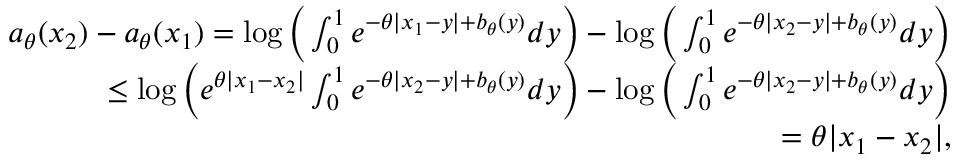
\begin{array} { r l r } & { } & { a _ { \theta } ( x _ { 2 } ) - a _ { \theta } ( x _ { 1 } ) = \log \Big ( \int _ { 0 } ^ { 1 } e ^ { - \theta | x _ { 1 } - y | + b _ { \theta } ( y ) } d y \Big ) - \log \Big ( \int _ { 0 } ^ { 1 } e ^ { - \theta | x _ { 2 } - y | + b _ { \theta } ( y ) } d y \Big ) } \\ & { } & { \quad \quad \leq \log \Big ( e ^ { \theta | x _ { 1 } - x _ { 2 } | } \int _ { 0 } ^ { 1 } e ^ { - \theta | x _ { 2 } - y | + b _ { \theta } ( y ) } d y \Big ) - \log \Big ( \int _ { 0 } ^ { 1 } e ^ { - \theta | x _ { 2 } - y | + b _ { \theta } ( y ) } d y \Big ) } \\ & { } & { \quad \quad = \theta | x _ { 1 } - x _ { 2 } | , } \end{array}